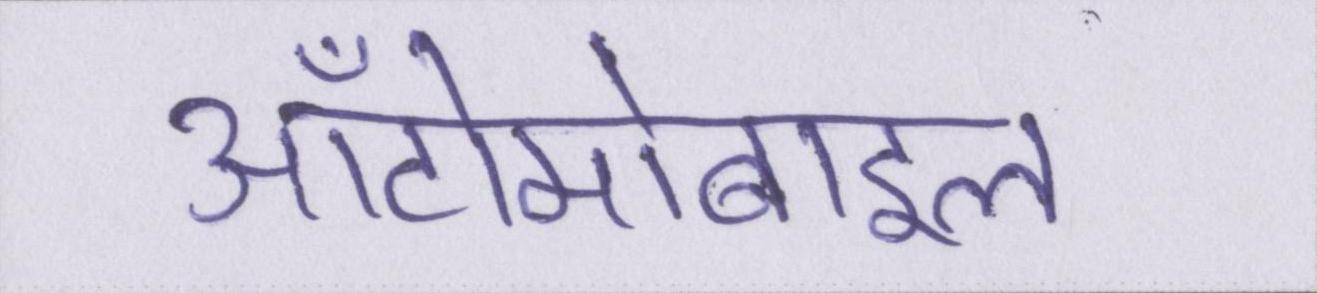
ऑटोमोबाइल